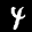
Label: 4